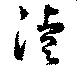
濬